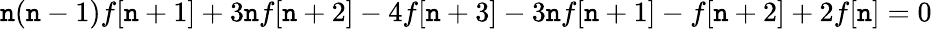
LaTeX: \mathtt{n}(\mathtt{n}-1)f[\mathtt{n}+1]+3\mathtt{n}f[\mathtt{n}+2]-4f[\mathtt{n}+3]-3\mathtt{n}f[\mathtt{n}+1]-f[\mathtt{n}+2]+2f[\mathtt{n}]=0